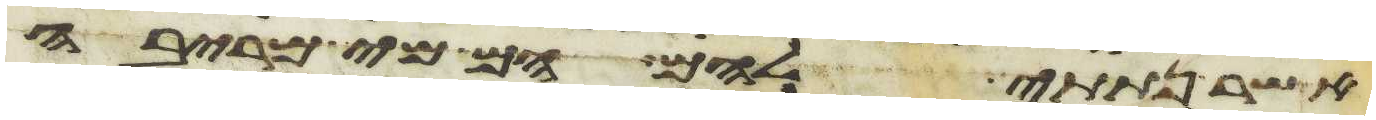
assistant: אשר נתתי להם הם מי מריבה